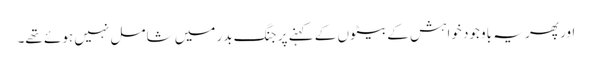
اور پھر یہ باوجود خواہش کے بیٹوں کے کہنے پر جنگ بدر میں شامل نہیں ہوئے تھے۔